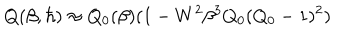
Q ( \beta , \hbar ) \approx Q _ { 0 } ( \beta ) ( 1 - W ^ { 2 } \beta ^ { 3 } Q _ { 0 } ( Q _ { 0 } - 1 ) ^ { 2 } )